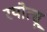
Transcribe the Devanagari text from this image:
रयोत्सू